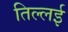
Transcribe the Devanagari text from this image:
तिल्लई